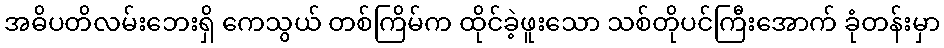
အဓိပတိလမ်းဘေးရှိ ကေသွယ် တစ်ကြိမ်က ထိုင်ခဲ့ဖူးသော သစ်တိုပင်ကြီးအောက် ခုံတန်းမှာ